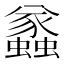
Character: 𧔑